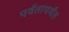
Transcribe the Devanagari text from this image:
पर्वतापर्यंत